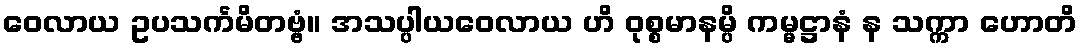
ဝေလာယ ဥပသင်္ကမိတဗ္ဗံ။ အသပ္ပါယဝေလာယ ဟိ ဝုစ္စမာနမ္ပိ ကမ္မဋ္ဌာနံ န သက္ကာ ဟောတိ